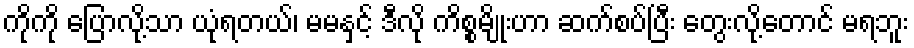
ကိုကို ပြောလို့သာ ယုံရတယ်၊ မမနှင့် ဒီလို ကိစ္စမျိုးဟာ ဆက်စပ်ပြီး တွေးလို့တောင် မရဘူး